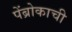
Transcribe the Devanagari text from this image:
पेंब्रोकाची